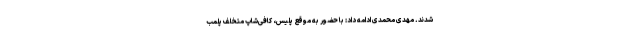
شدند. مهدی محمدی ادامه داد: با حضور به موقع پلیس، کافی‌شاپ متخلف پلمب